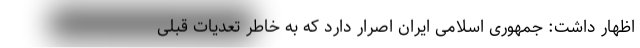
اظهار داشت: جمهوری اسلامی ایران اصرار دارد که به خاطر تعدیات قبلی